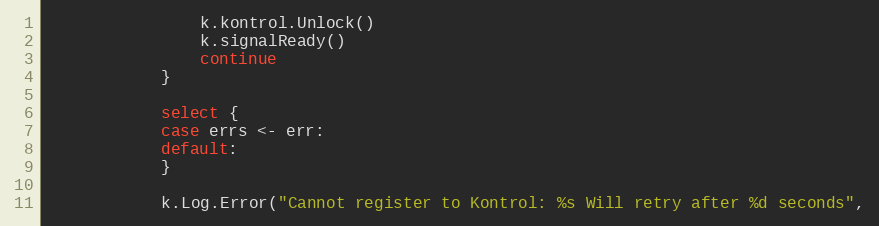
Language: Go
				k.kontrol.Unlock()
				k.signalReady()
				continue
			}

			select {
			case errs <- err:
			default:
			}

			k.Log.Error("Cannot register to Kontrol: %s Will retry after %d seconds",